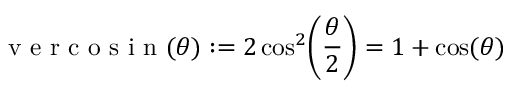
{ \textrm { v e r c o s i n } } ( \theta ) : = 2 \cos ^ { 2 } \! \left( { \frac { \theta } { 2 } } \right) = 1 + \cos ( \theta )